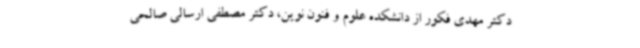
دکتر مهدی فکور از دانشکده علوم و فنون نوین، دکتر مصطفی ارسالی صالحی